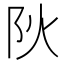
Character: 阦